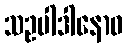
သဥပါဒါနောဝ